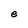
Character: e